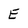
Character: E